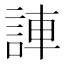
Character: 𫌼